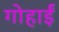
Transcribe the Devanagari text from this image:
गोहार्इं